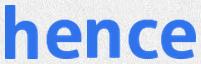
hence